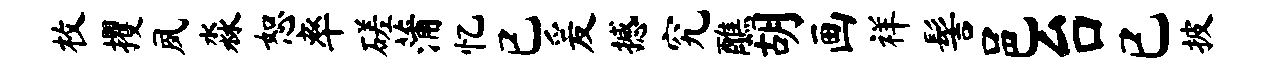
枚攫夙淼恕率磋蒲忆已爰撼究醮胡画祥髻邑台已披